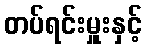
တပ်ရင်းမှူးနှင့်